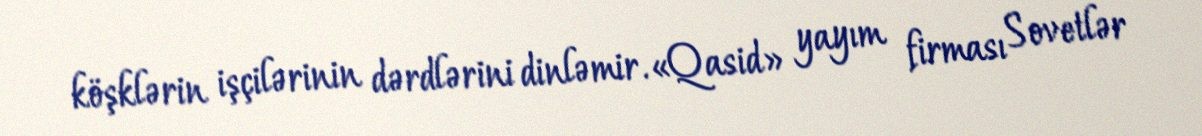
köşklərin işçilərinin dərdlərini dinləmir.«Qasid» yayım firması Sovetlər